Report on the working of the Ranchi Indian Mental Hospital, Kanke, in Bihar and Orissa - 1930-1940
Year: 1930
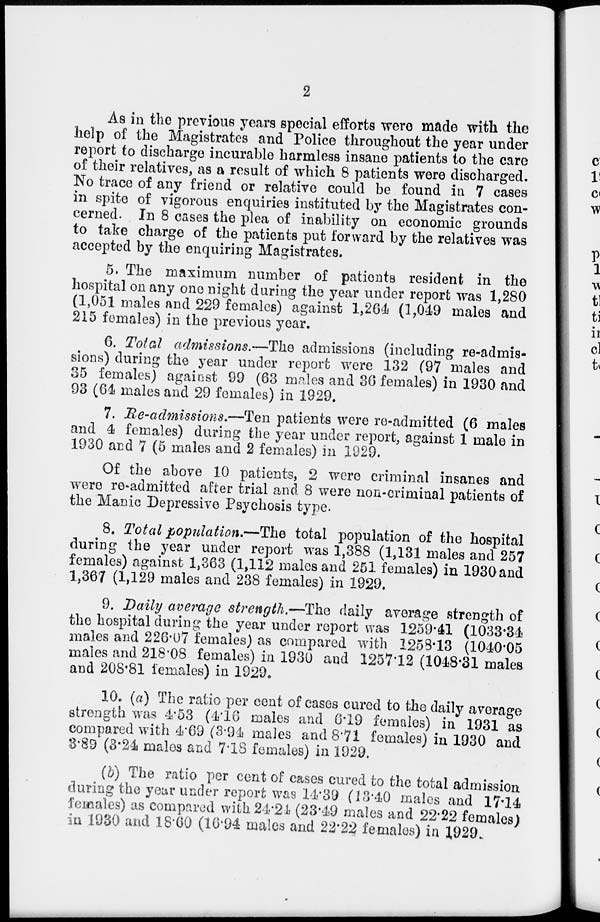
2
As in the previous years special efforts were made with the
help of the Magistrates and Police throughout the year under
report to discharge incurable harmless insane patients to the care
of their relatives, as a result of which 8 patients were discharged.
No trace of any friend or relative could be found in 7 cases
in spite of vigorous enquiries instituted by the Magistrates con-
cerned. In 8 cases the plea of inability on economic grounds
to take charge of the patients put forward by the relatives was
accepted by the enquiring Magistrates.
5. The maximum number of patients resident in the
hospital on any one night during the year under report was 1,280
(1,051 males and 229 females) against 1,264 (1,049 males and
215 females) in the previous year,
6. Total admissions.—The admissions (including re-admis-
sions) during the year under report were 132 (97 males and
35 females) against 99 (63 males and 36 females) in 1930 and
93 (64 males and 29 females) in 1929.
7. Re-admissions.—Ten patients were re-admitted (6 males
and 4 females) during the year under report, against 1 male in
1930 and 7 (5 males and 2 females) in 1929.
Of the above 10 patients, 2 were criminal insanes and
were re-admitted after trial and 8 were non-criminal patients of
the Manic Depressive Psychosis type.
8. Total population.—The total population of the hospital
during the year under report was 1,388 (1,131 males and 257
females) against 1,363 (1,112 males and 251 females) in 1930 and
1,367 (1,129 males and 238 females) in 1929.
9. Daily average strength.—The daily average strength of
the hospital during the year under report was 1259.41 (1033.34
males and 226.07 females) as compared with 1258.13 (1040.05
males and 218.08 females) in 1930 and 1257.12 (1048.31 males
and 208.81 females) in 1929.
10. (a) The ratio per cent of cases cured to the daily average
strength was 4.53 (4.16 males and 6.19 females) in 1931 as
compared with 4.69 (3.94 males and 8.71 females) in 1930 and
3.89 (3.24 males and 7.18 females) in 1929.
(b) The ratio per cent of cases cured to the total admission
during the year under report was 14.39 (13.40 males and 17.14
females) as compared with 24.24 (23.49 males and 22.22 females)
in 1930 and 18.60 (16.94 males and 22.22 females) in 1929.